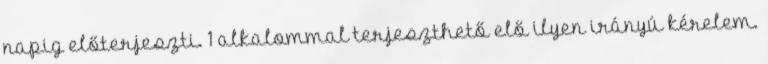
napig előterjeszti. 1 alkalommal terjeszthető elő ilyen irányú kérelem.